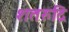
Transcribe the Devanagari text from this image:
शतरुद्रि